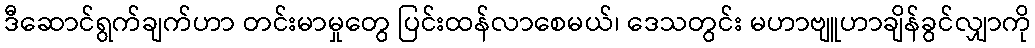
ဒီဆောင်ရွက်ချက်ဟာ တင်းမာမှုတွေ ပြင်းထန်လာစေမယ်၊ ဒေသတွင်း မဟာဗျူဟာချိန်ခွင်လျှာကို